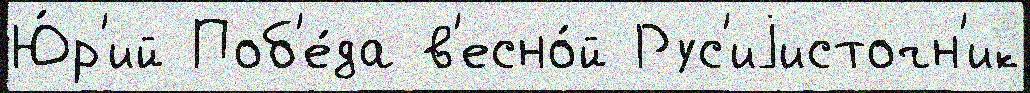
Ю́р'ий Поб'е́да в'есно́й Рус'иjисточн'ик